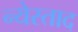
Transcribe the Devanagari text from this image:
न्येस्ताद